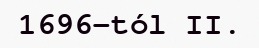
1696-tól II.